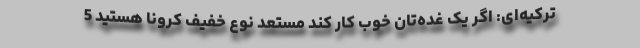
ترکیه‌ای: اگر یک غده‌تان خوب کار کند مستعد نوع خفیف کرونا هستید 5